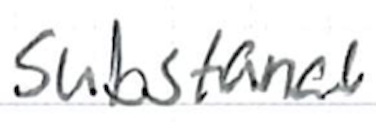
Text: substance
Cross-out: clean
Writing tool: ballpoint